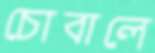
চোবালে